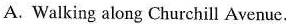
A. Walking along Churchill Avenue.